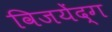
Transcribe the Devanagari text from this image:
विजयेंद्ग